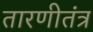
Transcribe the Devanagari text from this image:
तारणीतंत्र